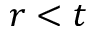
r < t